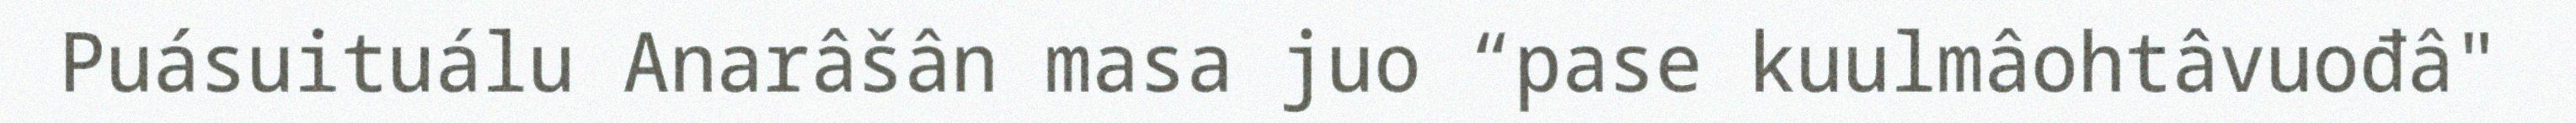
Puásuituálu Anarâšân masa juo “pase kuulmâohtâvuođâ"